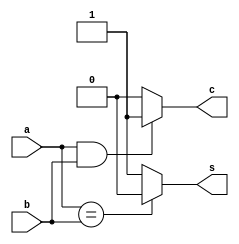
module half_adder( a, b, s, c);

input a, b;
output s, c;

reg s,c;

always @(a or b)
begin
    if (a==b) s = 0;
    else s =1;
    
    if (a==1 && b==1) c=1;
    else c=0;
  end 
  
  endmodule

//-------
//always @(a or b)
//begin

//assign c = a&b;
//assign s = a^b;
//end
//endmodule

//always @(*)begin
//case(a,b)   
//    a==1'b0, b==1'b0 : s=0,c=0;
//    a==1'b0, b==1'b1 : s=0,c=1;
//    a==1'b1, b==1'b0 : s=0,c=1;
//    a==1'b1, b==1'b1 : s=1,c=0;
//endcase
//end
//endmodule